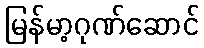
မြန်မာ့ဂုဏ်ဆောင်